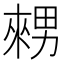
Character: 𤳇